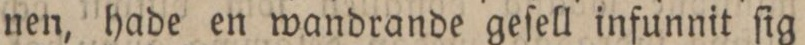
nen, hade en wandrande geſell infunnit ſig